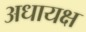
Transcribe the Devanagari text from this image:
अधायक्ष